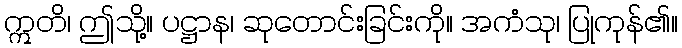
ဣတိ၊ ဤသို့။ ပဋ္ဌာန၊ ဆုတောင်းခြင်းကို။ အကံသု၊ ပြုကုန်၏။